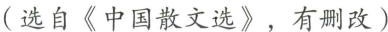
(选自《中国散文选》，有删改)